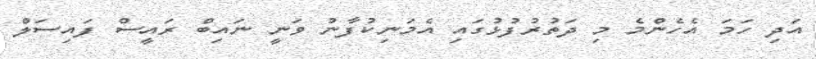
އަދި ހަމަ އެހެންމެ މި ދަތުރުފުޅުގައި އެމަނިކުފާނު ވަނީ ނައިބް ރައީސް ފައިސަލް